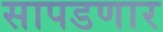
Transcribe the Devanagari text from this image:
सापडणार